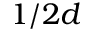
1 / 2 d